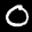
Label: 0